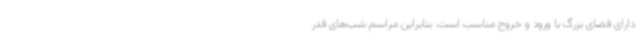
دارای فضای بزرگ با ورود و خروج مناسب است. بنابراین مراسم شب‌های قدر